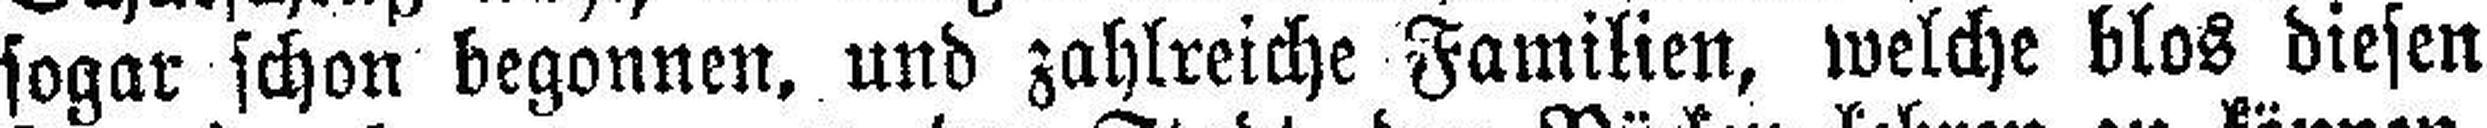
sogar schon begonnen, und zahlreiche Familien, welche blos diesen